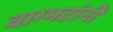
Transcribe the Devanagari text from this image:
वाग्भटांनी